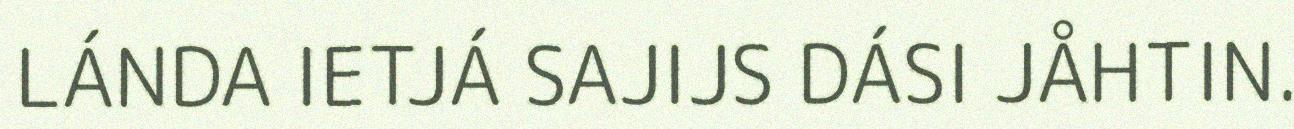
LÁNDA IETJÁ SAJIJS DÁSI JÅHTIN.